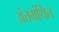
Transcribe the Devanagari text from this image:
अंतग्रंथित